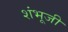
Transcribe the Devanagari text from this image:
शंभूजी